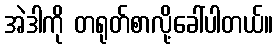
အဲဒါကို တရုတ်စာလို့ခေါ်ပါတယ်။